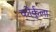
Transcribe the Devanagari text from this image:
कोर्कुला